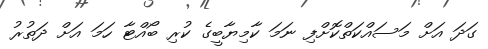
ގަދަ އަށް މަސައްކަތްކޮށްފި ނަމަ ކާމިޔާބީގެ ކުރި ބޯއްޓާ ހަމަ އަށް ދަތުރު